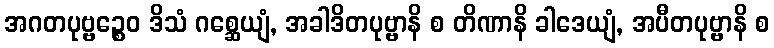
အဂတပုဗ္ဗဉ္စေဝ ဒိသံ ဂစ္ဆေယျံ, အခါဒိတပုဗ္ဗာနိ စ တိဏာနိ ခါဒေယျံ, အပီတပုဗ္ဗာနိ စ